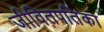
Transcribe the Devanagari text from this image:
जीवितपतिका